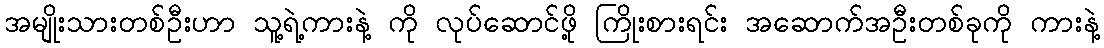
အမျိုးသားတစ်ဦးဟာ သူ့ရဲ့ကားနဲ့ ကို လုပ်ဆောင်ဖို့ ကြိုးစားရင်း အဆောက်အဦးတစ်ခုကို ကားနဲ့